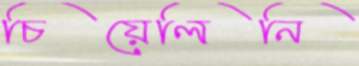
চিয়েলিনি